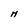
Character: H